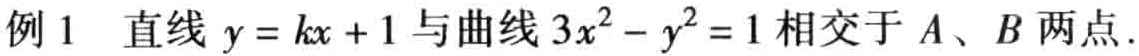
例1 直线 \(y = kx + 1\) 与曲线 \(3x^{2}-y^{2}=1\) 相交于 \(A、B\) 两点.